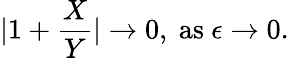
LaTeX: |1+{\frac{X}{Y}}|\to 0,\ \mathrm{as}\ \epsilon\to 0.